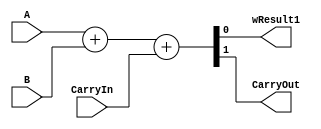
`timescale 1ns / 1ps

/* codigo requerido para realizar la multiplicacion de 4 bits, correspondiente a la parte 2 de la gia de laboratorio*/
module mul1bit(
	output wire wResult1,
	output wire CarryOut,
	input wire CarryIn,
	input wire 	 A, 
	input wire 	 B
	);

assign {CarryOut, wResult1} = (A + B + CarryIn);
	
endmodule



module mul4bits(
	output wire[15:0]wResult,
	input wire 	[3:0] A, 
	input wire 	[3:0] B) ;
	//caja1
	wire caja1;
	wire carry1salida;
	//caja2a
	wire caja2a;
	wire carry2asalida;
	wire resultado2asalida;

	//caja2b
	wire caja2B;
	wire carry2Bsalida;
	wire resultado2Bsalida;
	
	//caja3A
	wire caja3A;
	wire carry3Asalida;
	wire resultado3Asalida;
	
	//caja3B
	wire caja3B;
	wire carry3Bsalida;
	wire resultado3Bsalida;
	
	//caja3C
	wire caja3C;
	wire carry3Csalida;
	wire resultado3BCsalida;
	
	//caja4A
	wire caja4A;
	wire carry4Asalida;
	wire resultado4Asalida;
	
	//caja4B
	wire caja4B;
	wire carry4Bsalida;
	wire resultado4Bsalida;
	
	//caja4C
	wire caja4C;
	wire carry4Csalida;
	wire resultado4Csalida;
	
	//caja5A
	wire caja5A;
	wire carry5Asalida;
	wire resultado5Asalida;
	
	//caja5B
	wire caja5B;
	wire carry5Bsalida;
	wire resultado5Bsalida;
	
	//caja6
	wire caja6;
	wire carry6salida;
	wire resultado6salida;
	
assign wResult[8] =  1'b0 ;	
assign wResult[9] = 1'b0 ;
assign wResult[10] = 1'b0 ;
assign wResult[11] = 1'b0 ;
assign wResult[12] = 1'b0 ;
assign wResult[13] = 1'b0 ;
assign wResult[14] = 1'b0 ;
assign wResult[15] = 1'b0 ;
	
assign wResult[0] = A[0] & B[0 ] ;
	
mul1bit cajamodo1 (wResult[1],carry1salida, 1'b0, (A[0] & B[1 ]),A[1] & B[0 ] );

mul1bit cajamodo2a (resultado2asalida,carry2asalida, carry1salida, (A[2] & B[0 ]),A[1] & B[1 ] );

mul1bit cajamodo2B (wResult[2],carry2Bsalida,  1'b0, resultado2asalida,A[0] & B[2 ] );

mul1bit cajamodo3A(resultado3Asalida,carry3Asalida,  carry2asalida, A[2] & B[1 ],A[3] & B[0 ] );

mul1bit cajamodo3B(resultado3Bsalida,carry3Bsalida,  carry2Bsalida, resultado3Asalida,A[1] & B[2 ] );

mul1bit cajamodo3C(wResult[3],carry3Csalida,  1'b0, resultado3Bsalida,A[0] & B[3 ] );

mul1bit cajamodo4A(resultado4Asalida,carry4Asalida,  carry3Asalida,1'b0,A[3] & B[1 ] );

mul1bit cajamodo4B(resultado4Bsalida,carry4Bsalida,  carry3Bsalida,resultado4Asalida,A[2] & B[2 ] );

mul1bit cajamodo4C(wResult[4],carry4Csalida,  carry3Csalida,resultado4Bsalida,A[1] & B[3 ] );

mul1bit cajamodo5A(resultado5Asalida,carry5Asalida,  carry4Bsalida,carry4Asalida,A[3] & B[2 ] );

mul1bit cajamodo5B(wResult[5],carry5Bsalida,  carry4Csalida,resultado5Asalida,A[2] & B[3 ] );

mul1bit cajamodo6(wResult[6],wResult[7],  carry5Bsalida,carry5Asalida,A[3] & B[3 ] );

endmodule

/*wire WCarryOut1;
wire WCarryOut2;
wire WCarryOut3;
wire WCarryOut4;
wire WCarryOut5;
wire WCarryOut6;
wire WCarryOut7;
wire WCarryOut8;

assign {WCarryOut1, wResult[0]} = (A[0] & B[0 ]);
assign {WCarryOut2, wResult[1]} = (A[1] & B[0 ])+ (A[0] & B[1 ]) + WCarryOut1 ;
assign {WCarryOut3, wResult[2]} = (A[2] & B[0 ])+ (A[1] & B[1 ])+ (A[0] & B[2 ]) + WCarryOut2;
assign {WCarryOut4, wResult[3]} = (A[3] & B[0 ])+ (A[2] & B[1 ])+ (A[1] & B[2 ])+(A[0] & B[3]) +WCarryOut3;
assign {WCarryOut5, wResult[4]} = (A[3] & B[1 ])+ (A[2] & B[2 ])+ (A[1] & B[3 ]) + WCarryOut4;
assign {WCarryOut6, wResult[5]} = (A[3] & B[2 ])+ (A[2] & B[3 ]) + WCarryOut5; 
assign {WCarryOut7, wResult[6]} = (A[3] & B[3 ]) + WCarryOut6;
assign {WCarryOut8, wResult[7]} =  WCarryOut7;*/